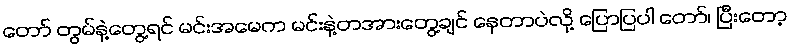
တော် တွမ်နဲ့တွေ့ရင် မင်းအမေက မင်းနဲ့တအားတွေ့ချင် နေတာပဲလို့ ပြောပြပါ တော်၊ ပြီးတော့